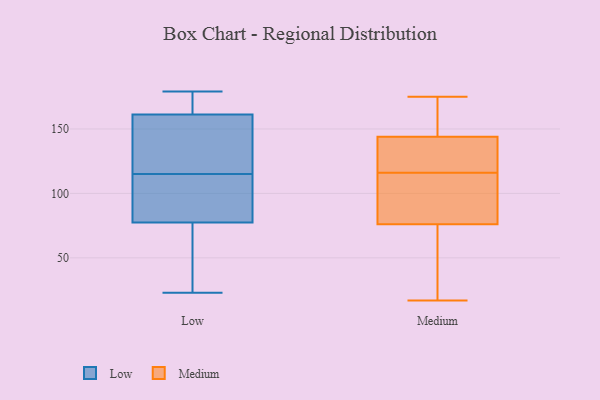
{"axis": {"x": "Active Users", "y": "Value"}, "legend": ["Low", "Medium"], "data": [{"x": "", "y": 66, "type": "Low"}, {"x": "", "y": 121, "type": "Low"}, {"x": "", "y": 68, "type": "Low"}, {"x": "", "y": 147, "type": "Low"}, {"x": "", "y": 127, "type": "Low"}, {"x": "", "y": 170, "type": "Low"}, {"x": "", "y": 28, "type": "Low"}, {"x": "", "y": 114, "type": "Low"}, {"x": "", "y": 115, "type": "Low"}, {"x": "", "y": 179, "type": "Low"}, {"x": "", "y": 179, "type": "Low"}, {"x": "", "y": 82, "type": "Low"}, {"x": "", "y": 23, "type": "Low"}, {"x": "", "y": 76, "type": "Low"}, {"x": "", "y": 164, "type": "Low"}, {"x": "", "y": 91, "type": "Low"}, {"x": "", "y": 179, "type": "Low"}, {"x": "", "y": 115, "type": "Low"}, {"x": "", "y": 153, "type": "Low"}, {"x": "", "y": 69, "type": "Medium"}, {"x": "", "y": 144, "type": "Medium"}, {"x": "", "y": 41, "type": "Medium"}, {"x": "", "y": 116, "type": "Medium"}, {"x": "", "y": 175, "type": "Medium"}, {"x": "", "y": 97, "type": "Medium"}, {"x": "", "y": 135, "type": "Medium"}, {"x": "", "y": 41, "type": "Medium"}, {"x": "", "y": 173, "type": "Medium"}, {"x": "", "y": 111, "type": "Medium"}, {"x": "", "y": 151, "type": "Medium"}, {"x": "", "y": 104, "type": "Medium"}, {"x": "", "y": 124, "type": "Medium"}, {"x": "", "y": 144, "type": "Medium"}, {"x": "", "y": 17, "type": "Medium"}]}